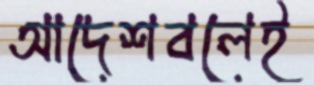
আদেশবলেই